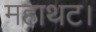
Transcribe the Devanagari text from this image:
महाथट।